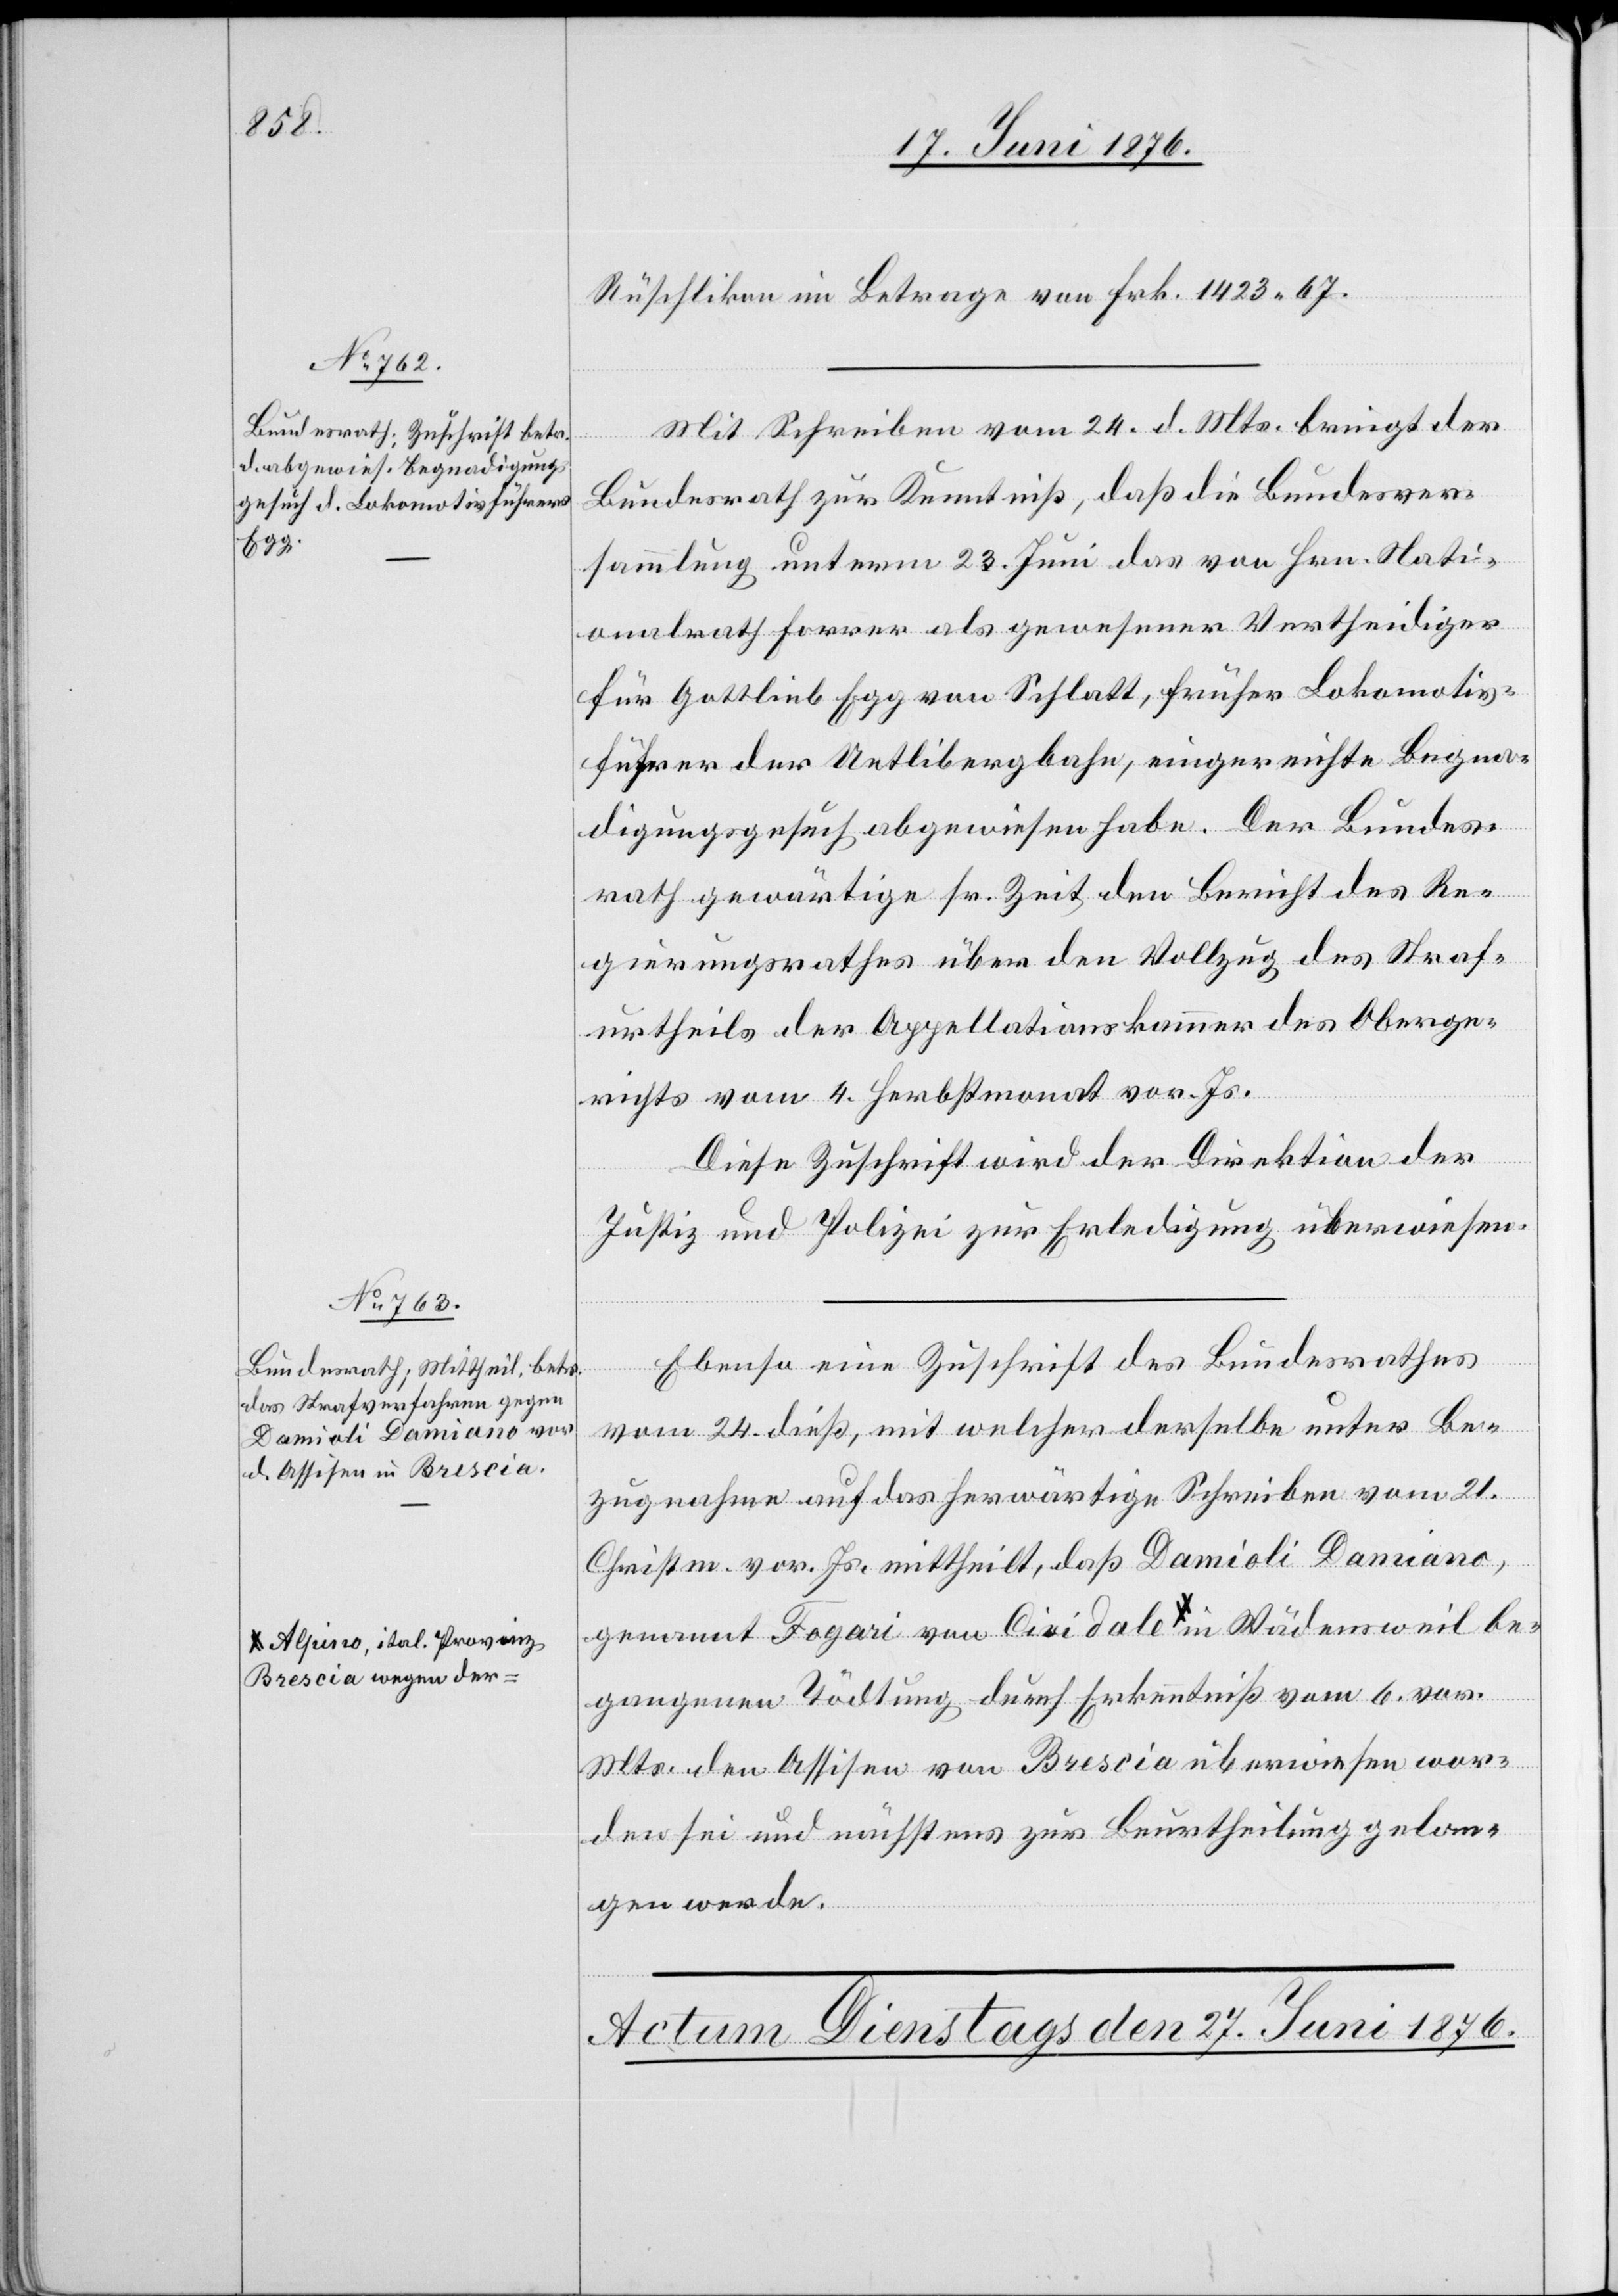
26. Juni 1876.]
Rüschlikon im Betrage von Frk. 1423 67.
Mit Schreiben vom 24. d. Mts. bringt der
Wädensweil be¬
Bundesrath zur Kenntniß, daß die Bundesver¬
sammlung unterm 23. Juni das von Hrn. Nati¬
onalrath Forrer als gewesener Vertheidiger
für Gottlieb Egg von Schlatt, früher Lokomotiv¬
führer der Uetlibergbahn, eingereichte Begna¬
digungsgesuch abgewiesen habe. Der Bundes¬
rath gewärtige sr. Zeit den Bericht des Re¬
gierungsrathes über den Vollzug des Straf¬
urtheils der Appellationskammer des Oberge¬
richts vom 4. Herbstmonat vor. Js.
Diese Zuschrift wird der Direktion der
Justiz und Polizei zur Erledigung überwiesen.
vom 24. dieß, mit welcher derselbe unter Be¬
zugnahme auf das herwärtige Schreiben vom 21.
Christm. vor. Js. mittheilt, daß Damioli Damiano,
a-Alpino, ital. Provinz
Brescia wegen der-a
gangenen Tödtung durch Erkenntniß vom 6. vor.
Mts. den Assisen von Brescia überwiesen wor¬
den sei und nächstens zur Beurtheilung gelan¬
gen werde.